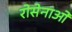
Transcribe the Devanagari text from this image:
रोसेनाओ